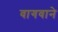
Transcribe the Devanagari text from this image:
वागवाने